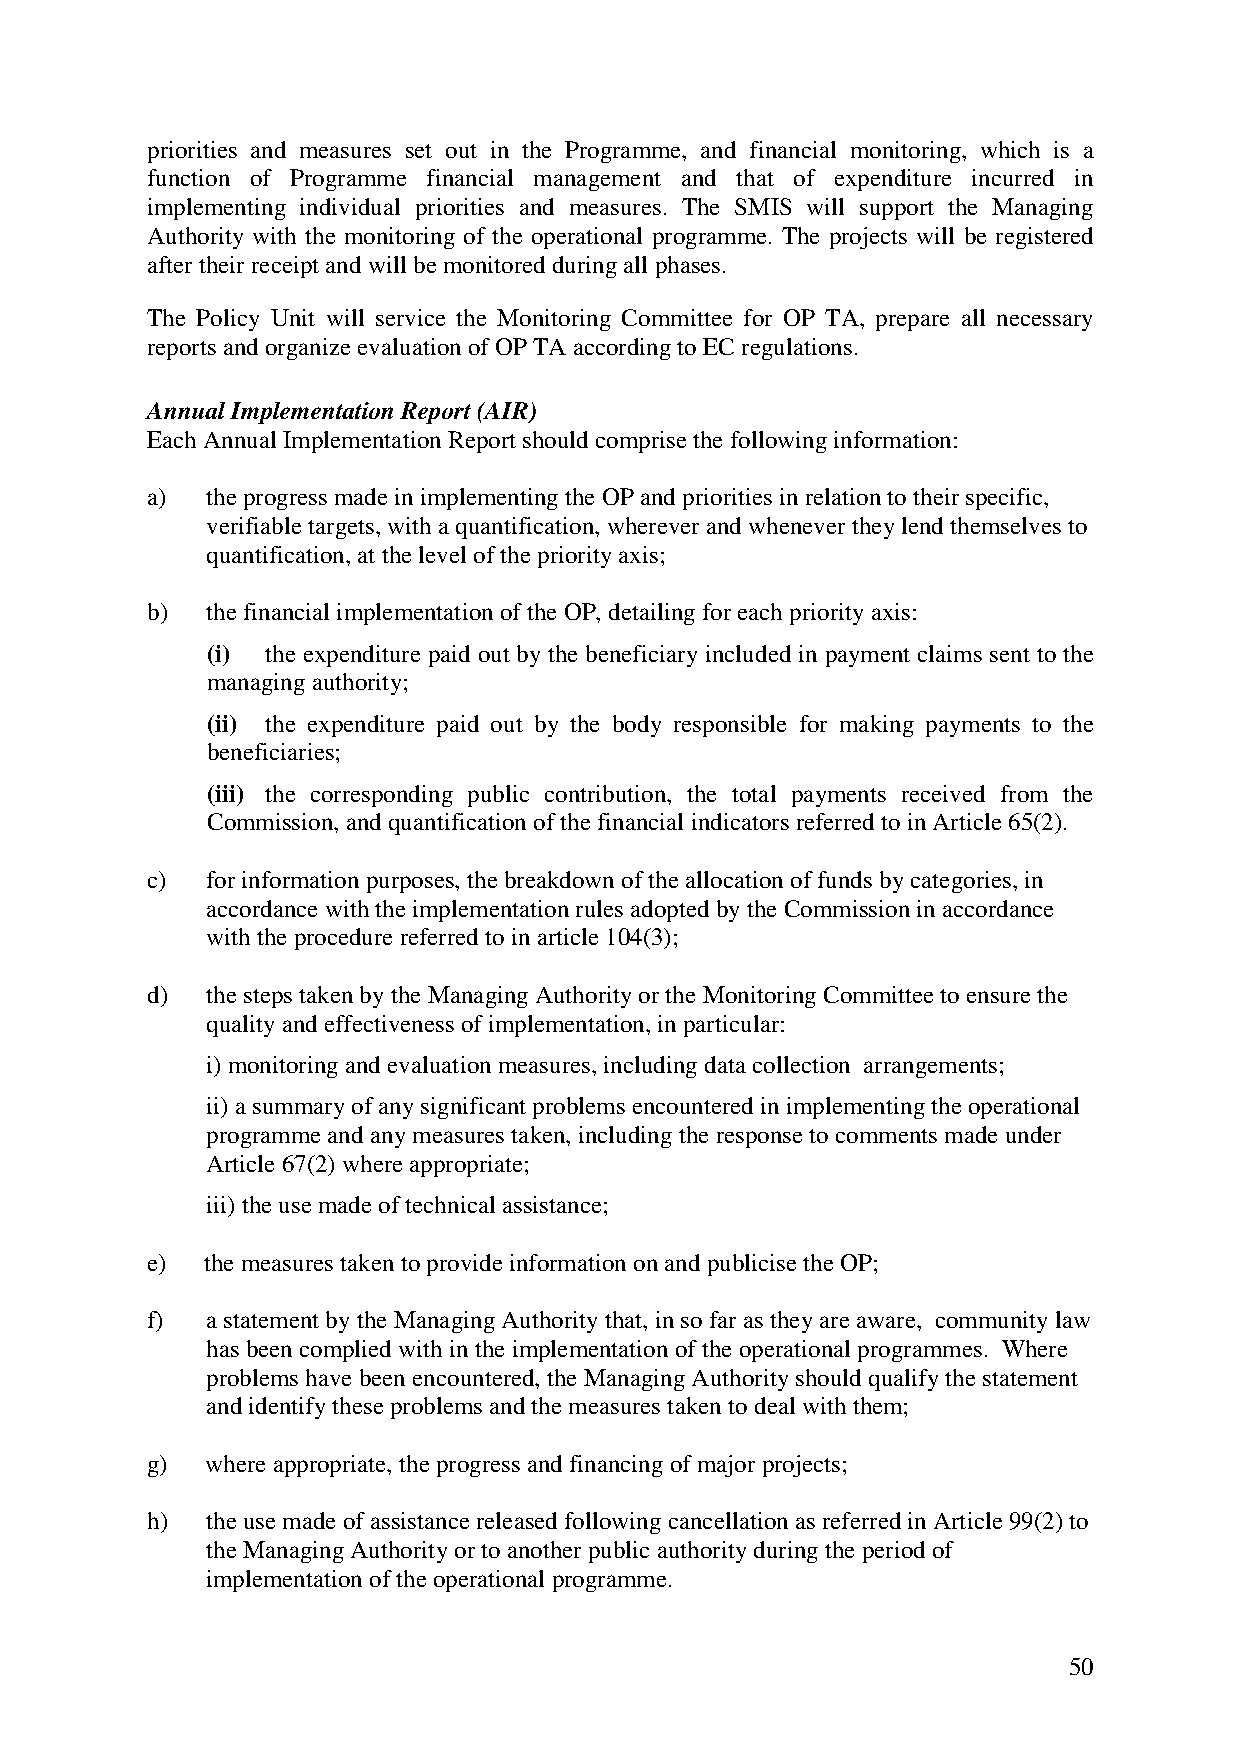
priorities and measures set out in the Programme, and financial monitoring, which is a
 function of Programme financial management and that of expenditure incurred in
 implementing individual priorities and measures. The SMIS will support the Managing
 Authority with the monitoring of the operational programme. The projects will be registered
 after their receipt and will be monitored during all phases.
 The Policy Unit will service the Monitoring Committee for OP TA, prepare all necessary
 reports and organize evaluation of OP TA according to EC regulations.
 Annual Implementation Report (AIR)
 Each Annual Implementation Report should comprise the following information:
 a)  the progress made in implementing the OP and priorities in relation to their specific,
 verifiable targets, with a quantification, wherever and whenever they lend themselves to
 quantification, at the level of the priority axis;
 b)  the financial implementation of the OP, detailing for each priority axis:
 (i) the expenditure paid out by the beneficiary included in payment claims sent to the
 managing authority;
 (ii) the expenditure paid out by the body responsible for making payments to the
 beneficiaries;
 (iii) the corresponding public contribution, the total payments received from the
 Commission, and quantification of the financial indicators referred to in Article 65(2).
 c)  for information purposes, the breakdown of the allocation of funds by categories, in
 accordance with the implementation rules adopted by the Commission in accordance
 with the procedure referred to in article 104(3);
 d)  the steps taken by the Managing Authority or the Monitoring Committee to ensure the
 quality and effectiveness of implementation, in particular:
 i) monitoring and evaluation measures, including data collection arrangements;
 ii) a summary of any significant problems encountered in implementing the operational
 programme and any measures taken, including the response to comments made under
 Article 67(2) where appropriate;
 iii) the use made of technical assistance;
 e) the measures taken to provide information on and publicise the OP;
 f)  a statement by the Managing Authority that, in so far as they are aware, community law
 has been complied with in the implementation of the operational programmes. Where
 problems have been encountered, the Managing Authority should qualify the statement
 and identify these problems and the measures taken to deal with them;
 g)  where appropriate, the progress and financing of major projects;
 h)  the use made of assistance released following cancellation as referred in Article 99(2) to
 the Managing Authority or to another public authority during the period of
 implementation of the operational programme.
 50